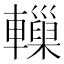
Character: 𨏋